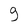
Character: 9